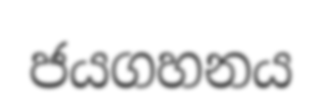
ජයගහනය